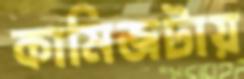
কামিজটায়